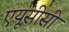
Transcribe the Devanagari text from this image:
एयूसीसी